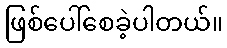
ဖြစ်ပေါ်စေခဲ့ပါတယ်။